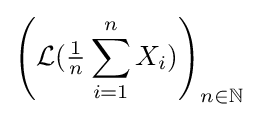
\left({\mathcal {L}}({\tfrac {1}{n}}\sum _{i=1}^{n}X_{i})\right)_{n\in \mathbb {N} }